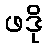
ဖဒို